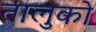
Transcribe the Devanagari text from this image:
तालुको